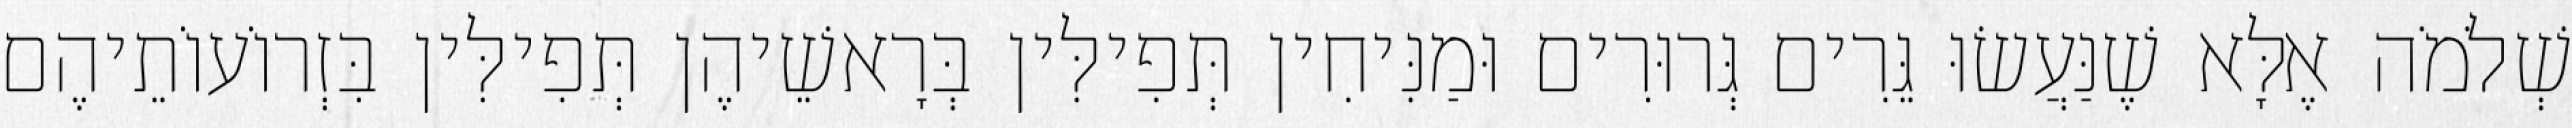
שְׁלֹמֹה אֶלָּא שֶׁנַּעֲשׂוּ גֵּרִים גְּרוּרִים וּמַנִּיחִין תְּפִילִּין בְּרָאשֵׁיהֶן תְּפִילִּין בִּזְרוֹעוֹתֵיהֶם